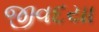
જીવદયા